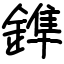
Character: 鎨